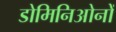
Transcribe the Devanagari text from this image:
डोमिनिओनों